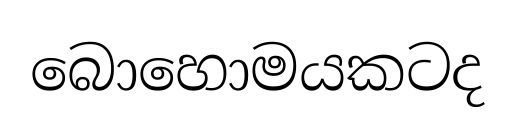
බොහොමයකටද